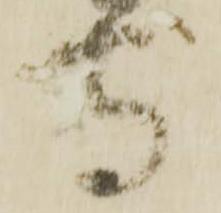
守